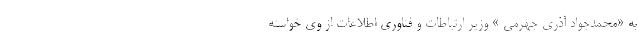
به «محمدجواد آذری جهرمی » وزیر ارتباطات و فناوری اطلاعات از وی خواسته